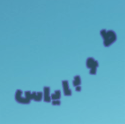
طوباياس